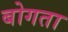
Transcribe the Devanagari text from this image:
बोगता